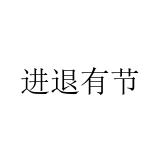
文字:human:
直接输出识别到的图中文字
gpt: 进退有节